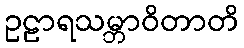
ဥဠာရသမ္ဘာဝိတာတိ